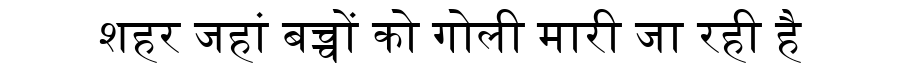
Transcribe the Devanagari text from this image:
शहर जहां बच्चों को गोली मारी जा रही है